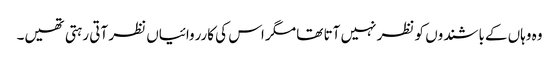
وہ وہاں کےباشندوں کو نظر نہیں آتا تھا مگر اس کی کارروائیاں نظر آتی رہتی تھیں۔